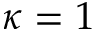
\kappa = 1